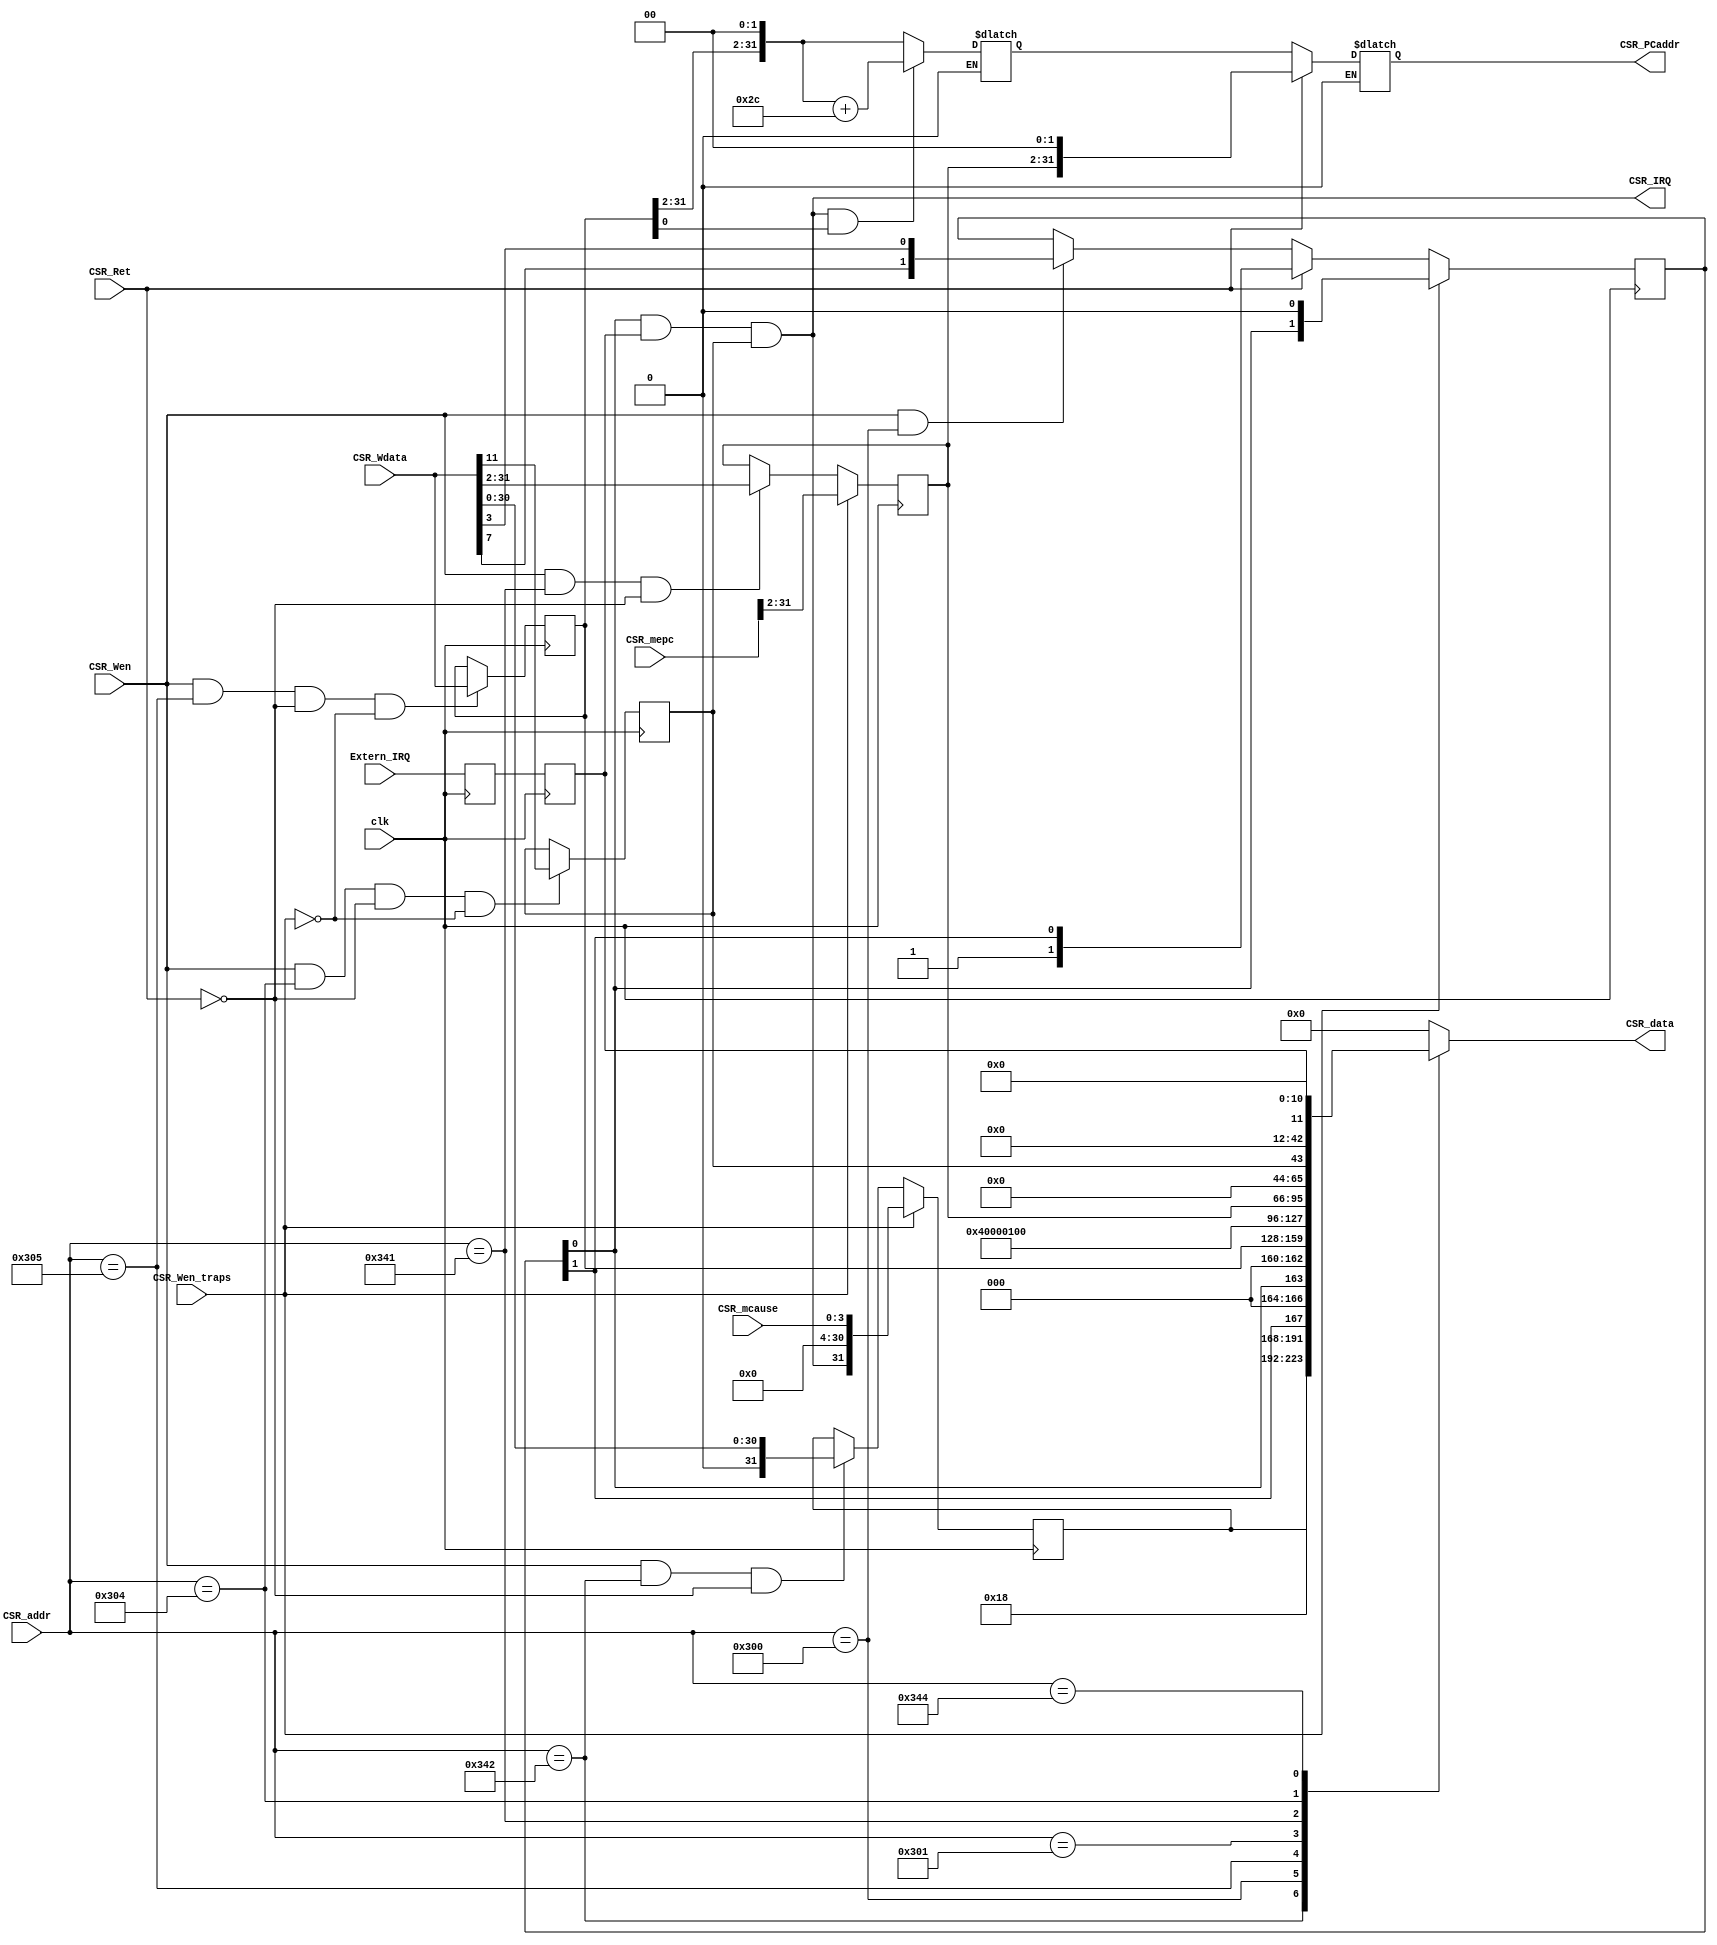
/* Generated by Yosys 0.9+3624 (git sha1 UNKNOWN, clang 7.0.1-8+deb10u2 -fPIC -Os) */

module CSRFile(clk, Extern_IRQ, CSR_mepc, CSR_Wdata, CSR_mcause, CSR_addr, CSR_Wen, CSR_Wen_traps, CSR_Ret, CSR_IRQ, CSR_PCaddr, CSR_data);
  wire _00_;
  wire _01_;
  wire _02_;
  wire _03_;
  wire _04_;
  wire _05_;
  wire _06_;
  wire [31:0] _07_;
  wire _08_;
  wire _09_;
  wire _10_;
  wire _11_;
  wire _12_;
  wire _13_;
  wire _14_;
  wire _15_;
  wire _16_;
  wire _17_;
  wire _18_;
  wire _19_;
  wire [29:0] _20_;
  wire [29:0] _21_;
  wire _22_;
  wire _23_;
  wire _24_;
  wire _25_;
  wire _26_;
  wire [31:0] _27_;
  wire [31:0] _28_;
  wire _29_;
  wire _30_;
  wire [1:0] _31_;
  wire [1:0] _32_;
  wire [1:0] _33_;
  wire _34_;
  wire [31:0] _35_;
  wire _36_;
  wire _37_;
  wire _38_;
  wire _39_;
  wire _40_;
  wire _41_;
  wire [31:0] _42_;
  wire _43_;
  wire _44_;
  wire _45_;
  output CSR_IRQ;
  output [31:0] CSR_PCaddr;
  input CSR_Ret;
  input [31:0] CSR_Wdata;
  input CSR_Wen;
  input CSR_Wen_traps;
  input [11:0] CSR_addr;
  output [31:0] CSR_data;
  input [3:0] CSR_mcause;
  input [31:0] CSR_mepc;
  input Extern_IRQ;
  input clk;
  wire irq;
  reg [31:0] mcause;
  reg [29:0] mepc;
  reg meta_irq = 1'h0;
  reg mie = 1'h0;
  reg mip = 1'h0;
  reg [1:0] mstatus = 2'h0;
  reg [31:0] mvect;
  wire [31:0] \trap_addr.mvect_out ;
  wire [31:0] \trap_addr.pcaddr ;
  assign irq = _00_ & mie;
  assign _23_ = CSR_Wen & _22_;
  assign _24_ = CSR_Ret != 1'h1;
  assign _25_ = _23_ & _24_;
  assign _27_ = _25_ ? { 1'h0, CSR_Wdata[30:0] } : mcause;
  assign _28_ = CSR_Wen_traps ? { irq, 27'h0000000, CSR_mcause } : _27_;
  always @(posedge clk)
    mcause <= _28_;
  assign _29_ = CSR_addr == 12'h300;
  assign _30_ = CSR_Wen & _29_;
  assign _31_ = _30_ ? { CSR_Wdata[7], CSR_Wdata[3] } : mstatus;
  assign _32_ = CSR_Ret ? { 1'h1, mstatus[1] } : _31_;
  assign _33_ = CSR_Wen_traps ? { mstatus[0], 1'h0 } : _32_;
  always @(posedge clk)
    mstatus <= _33_;
  assign _34_ = CSR_addr == 12'h342;
  assign _36_ = CSR_addr == 12'h300;
  assign _37_ = CSR_addr == 12'h305;
  assign _38_ = CSR_addr == 12'h301;
  assign _39_ = CSR_addr == 12'h341;
  assign _40_ = CSR_addr == 12'h304;
  assign _41_ = CSR_addr == 12'h344;
  function [31:0] \170 ;
    input [31:0] a;
    input [223:0] b;
    input [6:0] s;
    (* parallel_case *)
    casez (s)
      7'b??????1:
        \170  = b[31:0];
      7'b?????1?:
        \170  = b[63:32];
      7'b????1??:
        \170  = b[95:64];
      7'b???1???:
        \170  = b[127:96];
      7'b??1????:
        \170  = b[159:128];
      7'b?1?????:
        \170  = b[191:160];
      7'b1??????:
        \170  = b[223:192];
      default:
        \170  = a;
    endcase
  endfunction
  assign _42_ = \170 (32'd0, { 20'h00000, mip, 31'h00000000, mie, 11'h000, mepc, 34'h040000100, mvect, 24'h000018, mstatus[1], 3'h0, mstatus[0], 3'h0, mcause }, { _41_, _40_, _39_, _38_, _37_, _36_, _34_ });
  assign _16_ = irq & mvect[0];
  assign _26_ = _16_ == 1'h0;
  assign _35_ = { mvect[31:2], 2'h0 } + 32'd44;
  assign _43_ = _16_ == 1'h1;
  function [31:0] \28 ;
    input [31:0] a;
    input [63:0] b;
    input [1:0] s;
    (* parallel_case *)
    casez (s)
      2'b?1:
        \28  = b[31:0];
      2'b1?:
        \28  = b[63:32];
      default:
        \28  = a;
    endcase
  endfunction
  assign \trap_addr.mvect_out  = \28 (\trap_addr.mvect_out , { _35_, mvect[31:2], 2'h0 }, { _43_, _26_ });
  assign _44_ = CSR_Ret == 1'h1;
  assign _45_ = CSR_Ret == 1'h0;
  function [31:0] \36 ;
    input [31:0] a;
    input [63:0] b;
    input [1:0] s;
    (* parallel_case *)
    casez (s)
      2'b?1:
        \36  = b[31:0];
      2'b1?:
        \36  = b[63:32];
      default:
        \36  = a;
    endcase
  endfunction
  assign \trap_addr.pcaddr  = \36 (\trap_addr.pcaddr , { \trap_addr.mvect_out , mepc, 2'h0 }, { _45_, _44_ });
  assign _01_ = CSR_addr == 12'h305;
  assign _02_ = CSR_Wen & _01_;
  assign _03_ = CSR_Ret != 1'h1;
  assign _04_ = _02_ & _03_;
  assign _05_ = CSR_Wen_traps != 1'h1;
  assign _06_ = _04_ & _05_;
  assign _07_ = _06_ ? CSR_Wdata : mvect;
  always @(posedge clk)
    mvect <= _07_;
  assign _08_ = CSR_addr == 12'h304;
  assign _09_ = CSR_Wen & _08_;
  assign _10_ = CSR_Ret != 1'h1;
  assign _11_ = _09_ & _10_;
  assign _12_ = CSR_Wen_traps != 1'h1;
  assign _13_ = _11_ & _12_;
  assign _14_ = _13_ ? CSR_Wdata[11] : mie;
  always @(posedge clk)
    mie <= _14_;
  always @(posedge clk)
    mip <= meta_irq;
  always @(posedge clk)
    meta_irq <= Extern_IRQ;
  assign _15_ = CSR_addr == 12'h341;
  assign _17_ = CSR_Wen & _15_;
  assign _18_ = CSR_Ret != 1'h1;
  assign _19_ = _17_ & _18_;
  assign _20_ = _19_ ? CSR_Wdata[31:2] : mepc;
  assign _21_ = CSR_Wen_traps ? CSR_mepc[31:2] : _20_;
  assign _00_ = mstatus[0] & mip;
  always @(posedge clk)
    mepc <= _21_;
  assign _22_ = CSR_addr == 12'h342;
  assign CSR_IRQ = irq;
  assign CSR_PCaddr = \trap_addr.pcaddr ;
  assign CSR_data = _42_;
endmodule